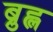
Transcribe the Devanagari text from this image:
ब्रुह्ल